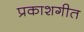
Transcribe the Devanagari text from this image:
प्रकाशगीत